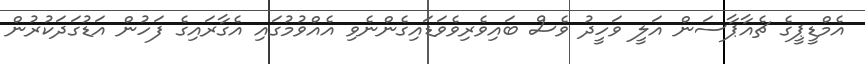
އެމްޑީޕީގެ ޗެއާޕާސަން އަލީ ވަހީދު ވެސް ބައިވެރިވެވަޑައިގެންނެވި އެއްވުމުގައި އެގާރައިގެ ފަހުން އަޑުގަދަކުރުން